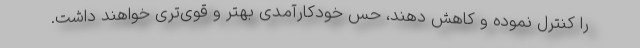
را کنترل نموده و کاهش دهند،‌ حس خودکارآمدی بهتر و قوی‌تری خواهند داشت.